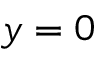
y = 0